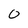
Character: 0